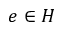
e \in H